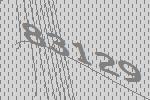
83129